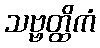
သဗ္ဗတ္ထိကံ